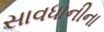
સાવધાનીના